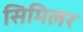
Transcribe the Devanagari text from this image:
सिमिलर